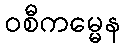
ဝစီကမ္မေန